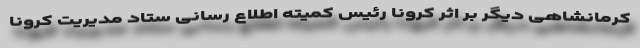
کرمانشاهی دیگر بر اثر کرونا رئیس کمیته اطلاع رسانی ستاد مدیریت کرونا